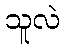
သူလဲ